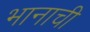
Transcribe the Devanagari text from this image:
भानाची